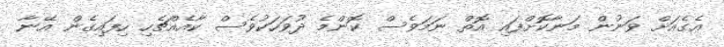
އެގެއަށް ވަނުން މަނާކޮށްފައި އޮތް ނަމަވެސް ކޮންމެ ދުވަހަކުވެސް ކާއެއްޗެހި ހިފައިގެން އޭނާ